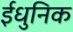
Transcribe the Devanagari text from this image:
ईधुनिक